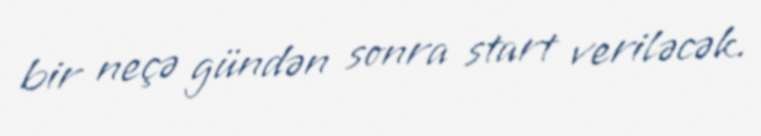
bir neçə gündən sonra start veriləcək.